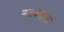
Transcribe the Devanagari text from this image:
नाटयशाला